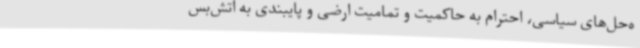
ه‌حل‌های سیاسی، احترام به حاکمیت و تمامیت ارضی و پایبندی به آتش‌بس